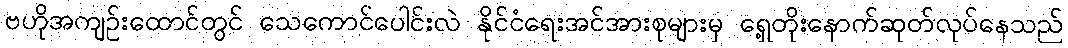
ဗဟိုအကျဉ်းထောင်တွင် သေကောင်ပေါင်းလဲ နိုင်ငံရေးအင်အားစုများမှ ရှေ့တိုးနောက်ဆုတ်လုပ်နေသည်